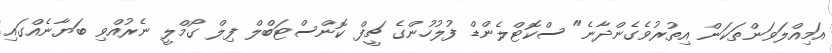
އަމިއްލަވަންތަކަން އިތުރުވެގެންދާނެ" ސްކޮޓްލެންޑް ފުލުހުންގެ ޗީފް ކޮންސްޓަބްލް ފިލް ގޯމްލީ ނެރުއްވި ބަޔާނެއްގައި